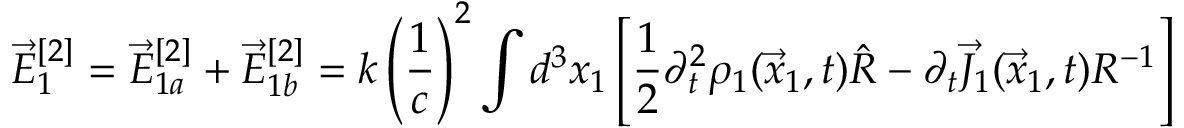
\vec { E } _ { 1 } ^ { [ 2 ] } = \vec { E } _ { 1 a } ^ { [ 2 ] } + \vec { E } _ { 1 b } ^ { [ 2 ] } = k \left( \frac { 1 } { c } \right) ^ { 2 } \int d ^ { 3 } x _ { 1 } \left[ \frac { 1 } { 2 } \partial _ { t } ^ { 2 } \rho _ { 1 } ( \vec { x } _ { 1 } , t ) \hat { R } - \partial _ { t } \vec { J } _ { 1 } ( \vec { x } _ { 1 } , t ) R ^ { - 1 } \right]